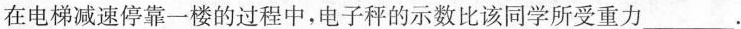
在电梯减速停靠一楼的过程中，电子秤的示数比该同学所受重力___。